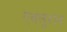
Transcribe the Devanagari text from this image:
एवलुशन